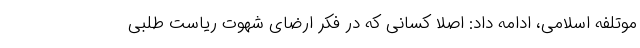
موتلفه اسلامی، ادامه داد: اصلا کسانی که در فکر ارضای شهوت ریاست طلبی